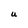
Character: U